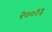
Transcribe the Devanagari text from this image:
२००१३